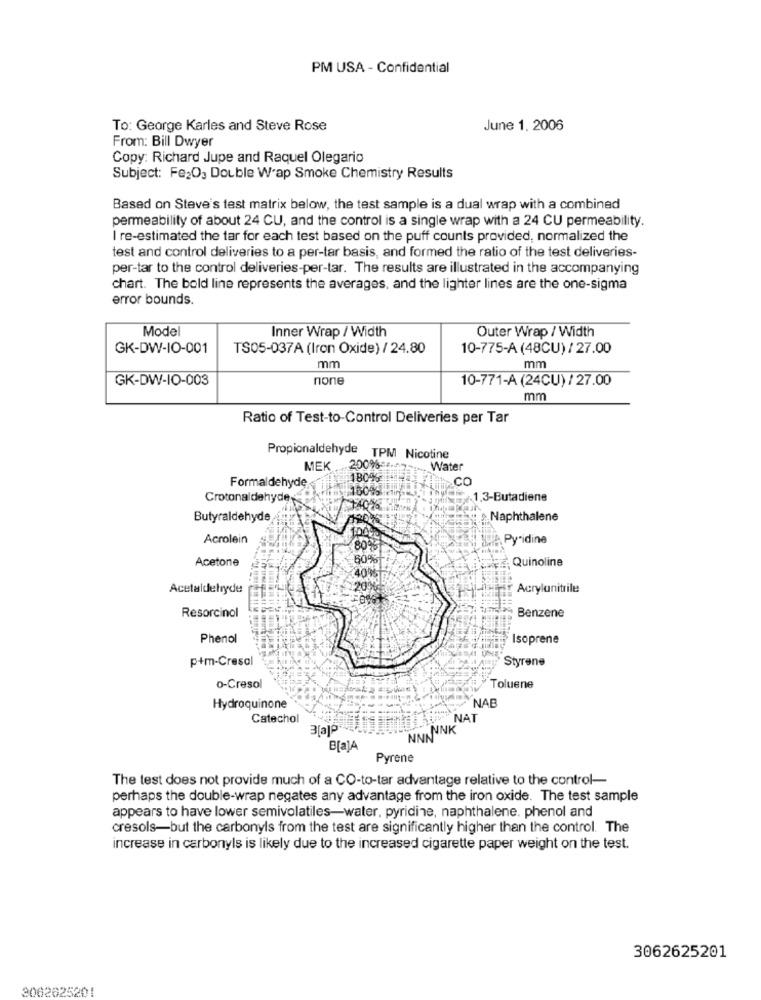
PM USA - Confidential
To: George Karles and Steve Rose
June 1. 2006
From: Bill Dwyer
Copy: Richard Jupe and Raquel Olegario
Subject: Fe20 Double W'ap Smoke Chemistry Results
Based on Steve's test matrix below, the test sample is a dual wrap with a combined
permeability of about 24 CU, and the control is a single wrap with a 24 CU permeability.
I re-estimated the tar for each test based on the puff counts provided, normalized the
test and control deliveries to a per-tar basis, and formed the ratio of the test deliveries-
per-tar to the control deliveries-per-tar. The results are illustrated in the accompanying
chart. The bold line represents the averages, and the lighter lines are the one-sigma
error bounds.
Model
Outer Wrap / Width
Inner Wrap / Width
GK-DW-IO-001
TS05-037A (Iron Oxide) / 24.80
10-775-A (48CU) / 27.00
mm
mm
GK-DW-IO-003
none
10-771-A (24CU) / 27.00
mm
Ratio of Test-to-Control Deliveries per Tar
Propionaldehyde TPM Nicotine
MEK
.200% ==
. Water
Formaldehyde
180-15
CO
150%
Crotonaldehyde
1,3-Butadiene
Butyraldehyde
Naphthalene
Acrolein
Pyridine
Acetone
Quinoline
Acetaldehyde
20%
Acrylanitrile
Resorcinol
Benzene
Phenol
Isoprene
p+m-Cresal
Styrene
o-Cresol
Toluene
NAB
Hydroquinone
Catechol
NNNNNKNAT
3[a]º
B[a]A
Pyrene
The test does not provide much of a CO-to-tar advantage relative to the control-
perhaps the double-wrap negates any advantage from the iron oxide. The test sample
appears to have lower semivolatiles-water, pyridine, naphthalene, phenol and
cresols-but the carbonyls from the test are significantly higher than the control. The
increase in carbonyls is likely due to the increased cigarette paper weight on the test.
3062625201
3062625201